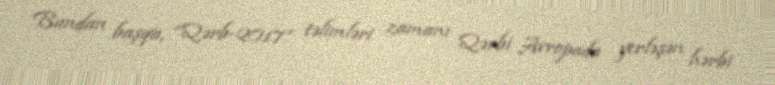
Bundan başqa, “Qərb-2017” təlimləri zamanı Qərbi Avropada yerləşən hərbi